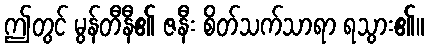
ဤတွင် မွန်တီနီ၏ ဇနီး စိတ်သက်သာရာ ရသွား၏။